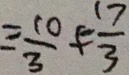
= - \frac { 1 0 } { 3 } + - \frac { 1 7 } { 3 }